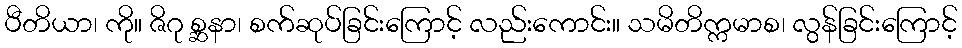
ပီတိယာ၊ ကို။ ဇိဂု စ္ဆနာ၊ စက်ဆုပ်ခြင်းကြောင့် လည်းကောင်း။ သမိတိက္ကမာစ၊ လွန်ခြင်းကြောင့်